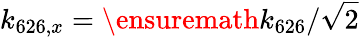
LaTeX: k_{626,x}=\ensuremath{k_{626}}/\sqrt{2}